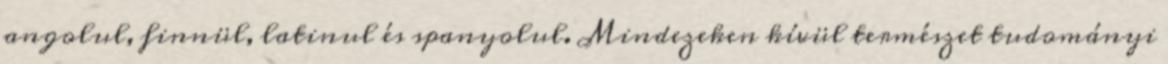
angolul, finnül, latinul és spanyolul. Mindezeken kívül természet tudományi